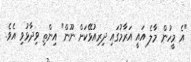
"އެ މީހުން މާލެ އައީ އަރާމުގައި ދިރިއުޅޭކަށް ނޫން" އިންތި ވިދާޅުވި އެވެ.